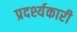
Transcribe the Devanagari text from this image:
प्रदर्श्यकारी